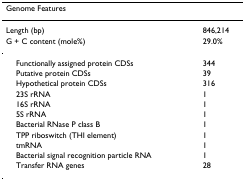
<table><thead><tr><td><b>Genome Features</b></td><td></td></tr></thead><tbody><tr><td>Length (bp)</td><td>846,214</td></tr><tr><td>G + C content (mole%)</td><td>29.0%</td></tr><tr><td> Functionally assigned protein CDSs</td><td>344</td></tr><tr><td> Putative protein CDSs</td><td>39</td></tr><tr><td> Hypothetical protein CDSs</td><td>316</td></tr><tr><td> 23S rRNA</td><td>1</td></tr><tr><td> 16S rRNA</td><td>1</td></tr><tr><td> 5S rRNA</td><td>1</td></tr><tr><td> Bacterial RNase P class B</td><td>1</td></tr><tr><td> TPP riboswitch (THI element)</td><td>1</td></tr><tr><td> tmRNA</td><td>1</td></tr><tr><td> Bacterial signal recognition particle RNA</td><td>1</td></tr><tr><td> Transfer RNA genes</td><td>28</td></tr></tbody></table>